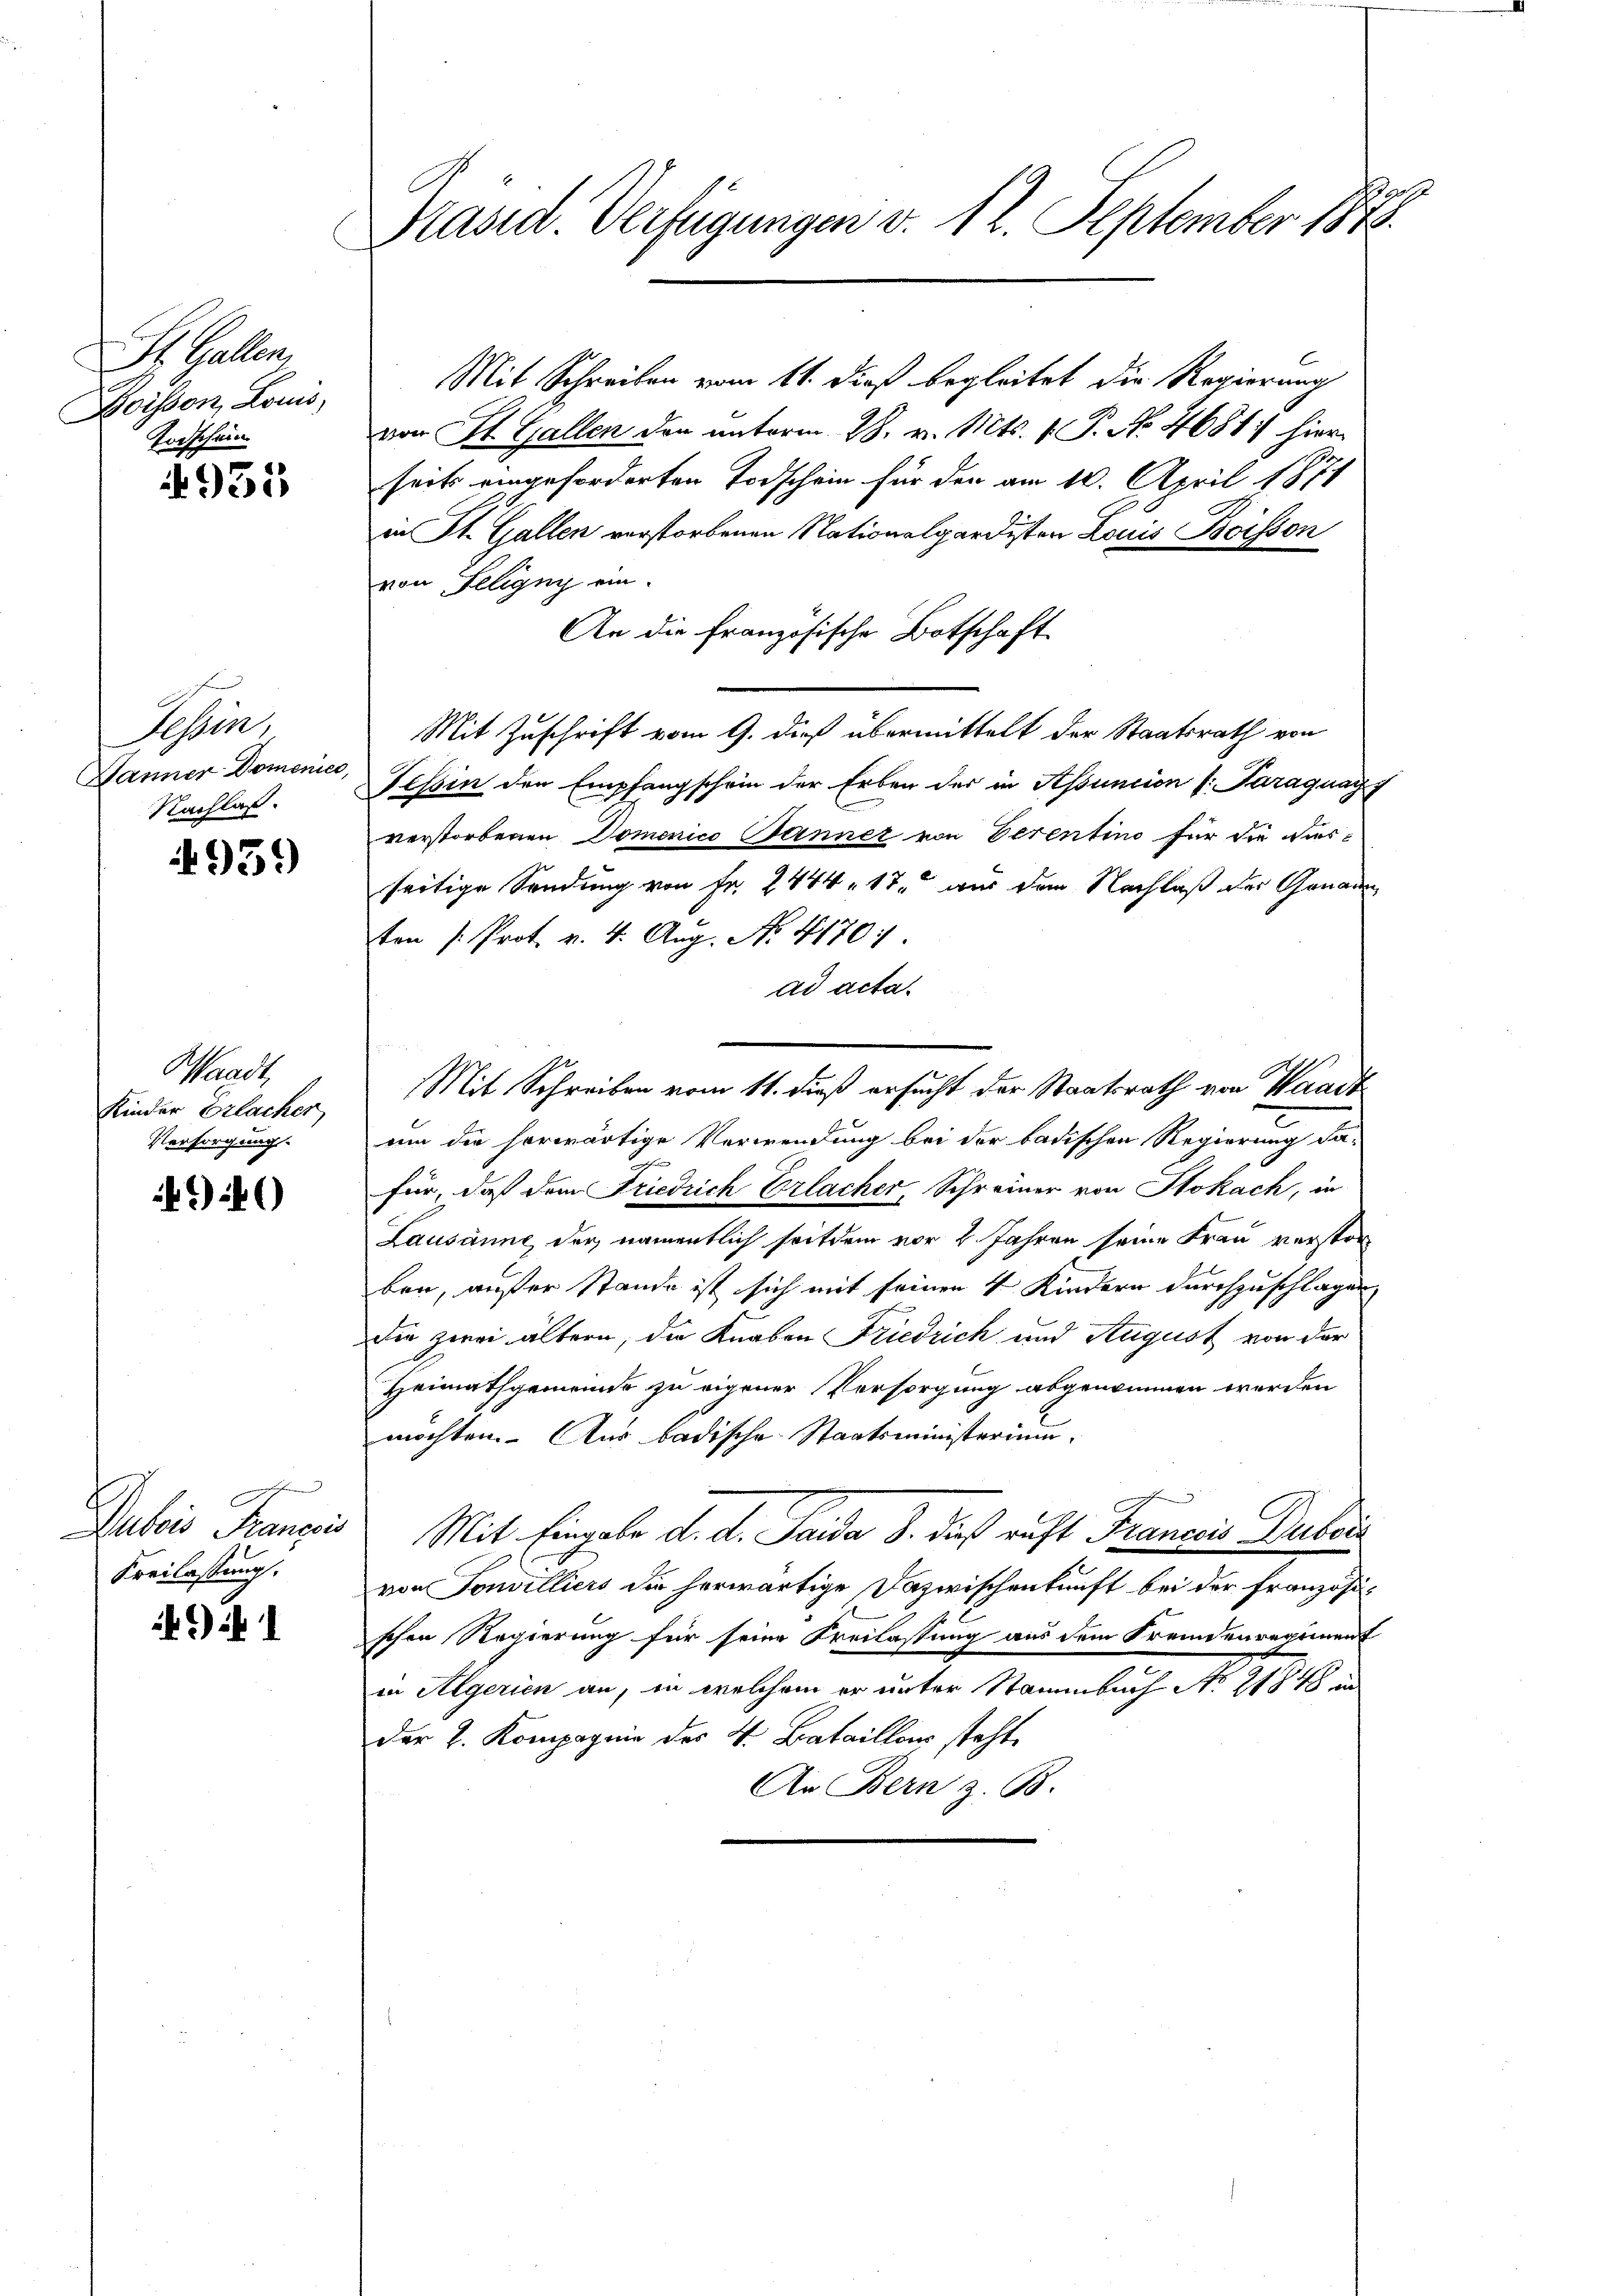
St. Gallen
Koisson, Louis,
Torschein

4951

Hessen,
Janner Domenico,
Nachlaß.

959

Waadt,
Kinder Erlacher
Versorgung.

) 4)

Dubois Kranzis
Kreilassung.

)

Präsid. Verfügungen v. 12. September 1872

Mit Schreiben vom 11. dieß begleitet die Regierung
von St. Gallen den unterm 28. v. Mts. v. P. No. 4681) hier
seits eingeforderten Todschein für den am 10. April 1874
in St. Gallen verstorbenen Nationalgardisten Louis Boisson
von Feligny ein
An die französische Botschaft
Mit Zuschrift vom 9. dieß übermittelt der Staatsrath von
Tessin den Empfangschein der Erben der in Assuncion (: Paraguay
verstorbenen Domenico Banner von Eerentino für die Ausseitige Sendung von Fr. 2444, 17 aus dem Nachlaß der Genann
ton /: Prot. v. 4. Aug. No. 4170:
ad acta.
Mit Schreiben vom 11. dieß ersucht der Staatsrath von Waadt
um die horwärtige Verwendung bei der badischen Regierung da-
9
für, daß dem Friedrich Erlacher, Schreiner von Stokach, in
Lausanne, der namentlich seitdem vor 2 Jahren seine Frau verstor
ben, außer Stande ist sich mit seinen 4 Kindern durchzuschlagen
Die zwei ältern, die Knaben Friedrich und August von der
Heimathgemeinde zu eigener Versorgung abgenommen werden
möchten. Aus badische Staatsministerium.
Mit Eingabe d. d. Taida 8. daß nicht Francis Duboi
von Touvilliers die herwärtige Dazwischenkunft bei der Französi-
schon Regierung für seine Freilassung aus dem Fremdenregiment
in Algerien an, in welchem er unter Stammbach No 2134 un
der 2. Kompagnie des V. Bataillo steht.
An Bern z. B.